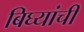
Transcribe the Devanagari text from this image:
बिघ्यांची